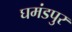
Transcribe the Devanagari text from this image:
घमंडपुर